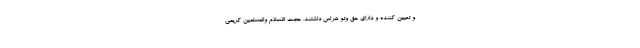
و تعیین کننده و دارای حق وتو هراس داشتند. حجت الاسلام والمسلمین کریمی